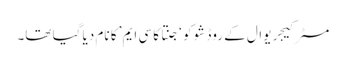
مسٹر کیجریوال کے روڈ شو کو ‘جنتا کا سی ایم’ کا نام دیا گیا تھا۔